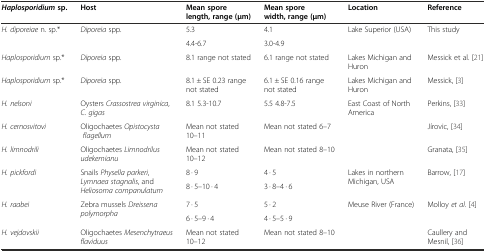
<table><thead><tr><td><b><i>Haplosporidium</i>sp.</b></td><td><b>Host</b></td><td><b>Mean spore length, range (μm)</b></td><td><b>Mean spore width, range (μm)</b></td><td><b>Location</b></td><td><b>Reference</b></td></tr></thead><tbody><tr><td rowspan="2"><i>H. diporeiae</i> n. sp.*</td><td rowspan="2"><i>Diporeia</i> spp.</td><td>5.3</td><td>4.1</td><td rowspan="2">Lake Superior (USA)</td><td rowspan="2">This study</td></tr><tr><td>4.4-6.7</td><td>3.0-4.9</td></tr><tr><td><i>Haplosporidium</i> sp.*</td><td><i>Diporeia</i> spp.</td><td>8.1 range not stated</td><td>6.1 range not stated</td><td>Lakes Michigan and Huron</td><td>Messick et al. [21]</td></tr><tr><td><i>Haplosporidium</i> sp.*</td><td><i>Diporeia</i> spp.</td><td>8.1 ± SE 0.23 range not stated</td><td>6.1 ± SE 0.16 range not stated</td><td>Lakes Michigan and Huron</td><td>Messick, [3]</td></tr><tr><td><i>H. nelsoni</i></td><td>Oysters <i>Crassostrea virginica</i>, <i>C. gigas</i></td><td>8.1 5.3-10.7</td><td>5.5 4.8-7.5</td><td>East Coast of North America</td><td>Perkins, [33]</td></tr><tr><td><i>H. cernosvitovi</i></td><td>Oligochaetes <i>Opistocysta flagellum</i></td><td>Mean not stated 10–11</td><td>Mean not stated 6–7</td><td></td><td>Jírovic, [34]</td></tr><tr><td><i>H. limnodrili</i></td><td>Oligochaetes <i>Limnodrilus udekemianu</i></td><td>Mean not stated 10–12</td><td>Mean not stated 8–10</td><td></td><td>Granata, [35]</td></tr><tr><td rowspan="2"><i>H. pickfordi</i></td><td rowspan="2">Snails <i>Physella parkeri</i>, <i>Lymnaea stagnalis</i>, and <i>Heliosoma companulatum</i></td><td>8 · 9</td><td>4 · 5</td><td rowspan="2">Lakes in northern Michigan, USA</td><td rowspan="2">Barrow, [17]</td></tr><tr><td>8 · 5–10 · 4</td><td>3 · 8–4 · 6</td></tr><tr><td rowspan="2"><i>H. raabei</i></td><td rowspan="2">Zebra mussels <i>Dreissena polymorpha</i></td><td>7 · 5</td><td>5 · 2</td><td rowspan="2">Meuse River (France)</td><td rowspan="2">Molloy <i>et al</i>. [4]</td></tr><tr><td>6 · 5–9 · 4</td><td>4 · 5–5 · 9</td></tr><tr><td><i>H. vejdovskii</i></td><td>Oligochaetes <i>Mesenchytraeus flaviduus</i></td><td>Mean not stated 10–12</td><td>Mean not stated 8–10</td><td></td><td>Caullery and Mesnil, [36]</td></tr></tbody></table>